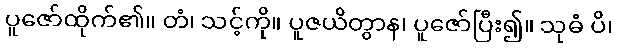
ပူဇော်ထိုက်၏။ တံ၊ သင့်ကို။ ပူဇယိတွာန၊ ပူဇော်ပြီး၍။ သုဓံ ပိ၊